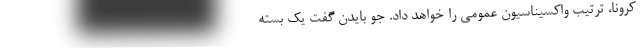
کرونا، ترتیب واکسیناسیون عمومی را خواهد داد. جو بایدن گفت یک بسته